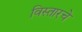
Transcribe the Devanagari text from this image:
विस्तारचे